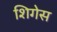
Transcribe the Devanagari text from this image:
शिगेस